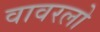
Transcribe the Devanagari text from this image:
वावरलो